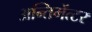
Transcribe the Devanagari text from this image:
अन्तिमेंत्टर